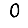
Digit: 0